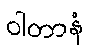
ဝါတာနံ